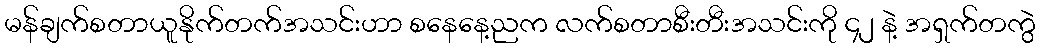
မန်ချက်စတာယူနိုက်တက်အသင်းဟာ စနေနေ့ညက လက်စတာစီးတီးအသင်းကို ၄၂ နဲ့ အရှက်တကွဲ